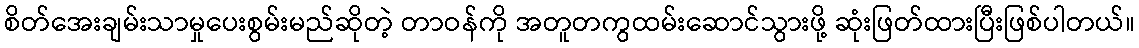
စိတ်အေးချမ်းသာမှုပေးစွမ်းမည်ဆိုတဲ့ တာဝန်ကို အတူတကွထမ်းဆောင်သွားဖို့ ဆုံးဖြတ်ထားပြီးဖြစ်ပါတယ်။